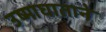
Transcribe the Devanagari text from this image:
उष्माघाताने